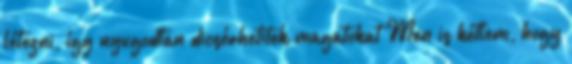
létezni, így nyugodtan dicsérhetitek magatokat Men is kétlem, hogy